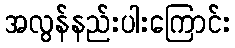
အလွန်နည်းပါးကြောင်း